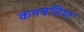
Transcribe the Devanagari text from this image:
कयबचिया